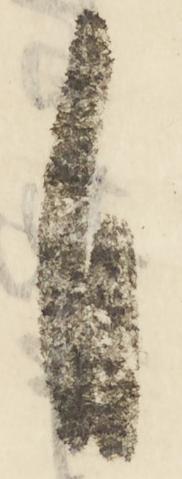
自